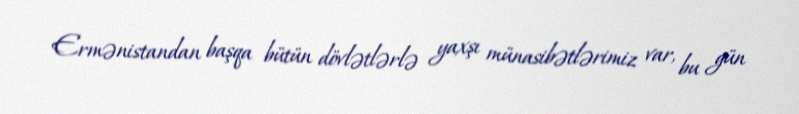
Ermənistandan başqa bütün dövlətlərlə yaxşı münasibətlərimiz var, bu gün